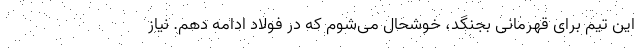
این تیم برای قهرمانی بجنگد، خوشحال می‌شوم که در فولاد ادامه دهم. نیاز